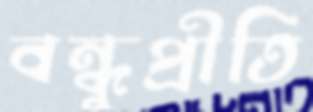
বন্ধুপ্রীতি